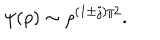
LaTeX: \psi ( \rho ) \sim \rho ^ { ( 1 \pm j ) / 2 } .